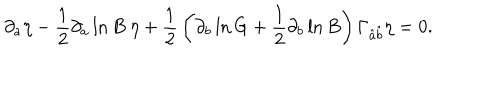
\partial _ { a } \eta - { \frac { 1 } { 2 } } \partial _ { a } \ln B \ \eta + { \frac { 1 } { 2 } } \left( \partial _ { b } \ln G + { \frac { 1 } { 2 } } \partial _ { b } \ln B \right) \Gamma _ { \hat { a } \hat { b } } \eta = 0 .